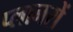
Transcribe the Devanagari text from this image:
प्लानरों